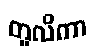
တူလိကာ